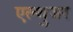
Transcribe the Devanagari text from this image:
एल्थुजर